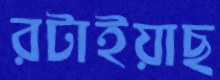
রটাইয়াছ